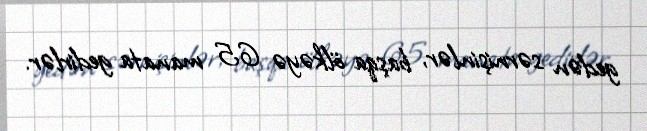
gedən sərnişinlər, başqa ölkəyə 65 manata gedirlər.